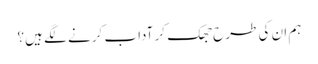
ہم ان کی طرح جھک کر آداب کرنے لگے ہیں؟